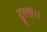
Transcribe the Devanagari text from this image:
दुल्ला।।